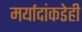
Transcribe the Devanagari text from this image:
मर्यादांकडेही